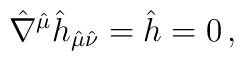
\hat{\nabla}^{\hat{\mu}}\hat{h}_{\hat{\mu}\hat{\nu}}=\hat{h}=0\, ,